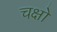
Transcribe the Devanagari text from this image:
चक्षो